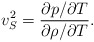
\begin{align*}v^2_S=\frac{\partial p/ \partial T}{\partial \rho/ \partial T}.\end{align*}